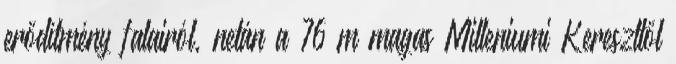
erődítmény falairól, netán a 76 m magas Milleniumi Kereszttől